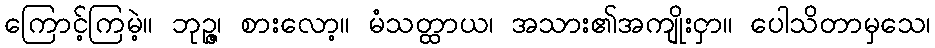
ကြောင့်ကြမဲ့။ ဘုဉ္ဇ၊ စားလော့။ မံသတ္ထာယ၊ အသား၏အကျိုးငှာ။ ပေါသိတာမှသေ၊